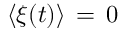
\langle \xi ( t ) \rangle \, = \, 0